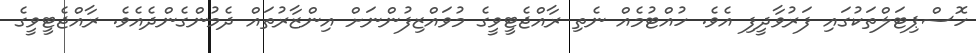
ހޮސްޕިޓަލްތަކުގައި ފަރުވާދީފި އެވެ. ހުއްޓުމެއް ނެތި ރާއްޖެޓީވީގެ މުވައްޒިފުންނަށް އިންޒާރުތައް ދެމުންގެންދެއެވެ. ރާއްޖެޓީވީގެ